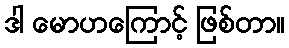
ဒါ မောဟကြောင့် ဖြစ်တာ။